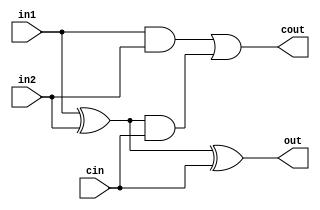
module full_adder_1bit (in1, in2, cin, out, cout);
input in1;
input in2;
input cin;
output out;
output cout;

wire sum;

assign sum = in1 ^ in2;
assign out = sum ^ cin;
assign cout = (in1 & in2) | (sum & cin);
endmodule


module PC_ad (Sum, Ovfl, A);
input [15:0] A; //Input values
output [15:0] Sum; //sum output
output Ovfl; //To indicate overflow

wire [15:0] cout;
parameter  B = 16'h0002;


full_adder_1bit FA[15:0] (.in1(A), .in2(B), .cin({cout[14:0],1'b0}), .out(Sum), .cout(cout));

assign Ovfl = (A[15] ^ B[15]) ? 0 : (A[15] ^ Sum[15]);

endmodule